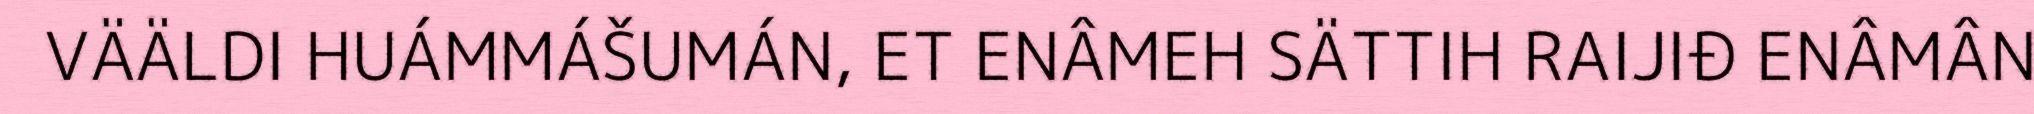
VÄÄLDI HUÁMMÁŠUMÁN, ET ENÂMEH SÄTTIH RAIJIĐ ENÂMÂN